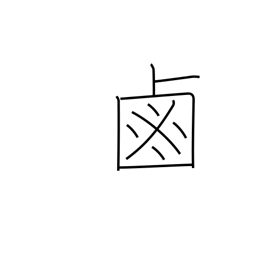
Meaning: salt